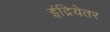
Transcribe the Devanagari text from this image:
इंद्रियेतर